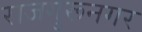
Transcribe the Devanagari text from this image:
राजगुरूनगर